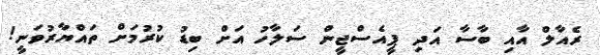
ރެއާލް އާއި ބާސާ އަދި ޕީއެސްޖީން ސަލާހު އަށް ބިޑު ކުރުމަށް ތައްޔާރުވަނީ!